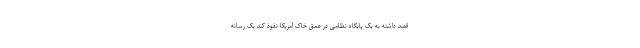
قصد داشته به یک پایگاه نظامی در عمق خاک آمریکا نفوذ کند یک رسانه